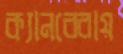
ক্যানবেরায়